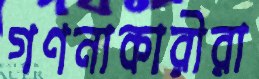
গণনাকারীরা